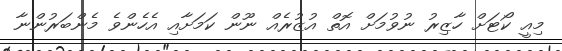
މިއީ ކޯޓަށް ހާޒިރު ނުވުމަށް އޮތް އުޒުރެއް ނޫން ކަމަށާއި އެހެންވެ މެންބަރުންނާ